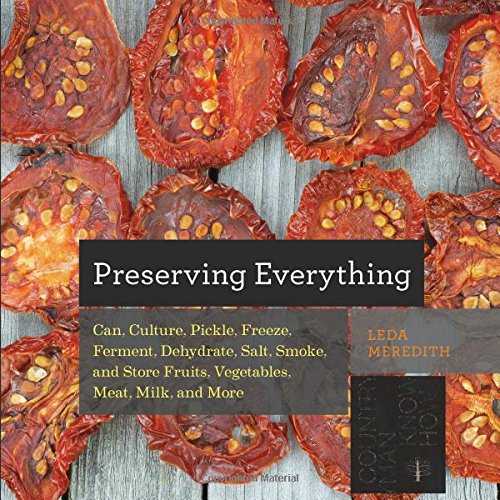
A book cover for Preserving Everything: Can, Culture, Pickle, Freeze, Ferment, Dehydrate, Salt, Smoke, and Store Fruits, Vegetables, Meat, Milk, and More (Countryman Know How); Leda Meredith; Cookbooks, Food & Wine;